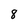
Character: 8